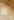
لا